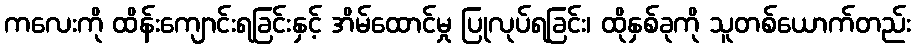
ကလေးကို ထိန်းကျောင်းရခြင်းနှင့် အိမ်ထောင်မှု ပြုလုပ်ရခြင်း၊ ထိုနှစ်ခုကို သူတစ်ယောက်တည်း